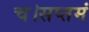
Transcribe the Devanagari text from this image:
च।सप्तमं